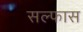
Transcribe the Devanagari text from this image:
सल्फास